Annual report of the Imperial Bacteriological Laboratory, Muktesar
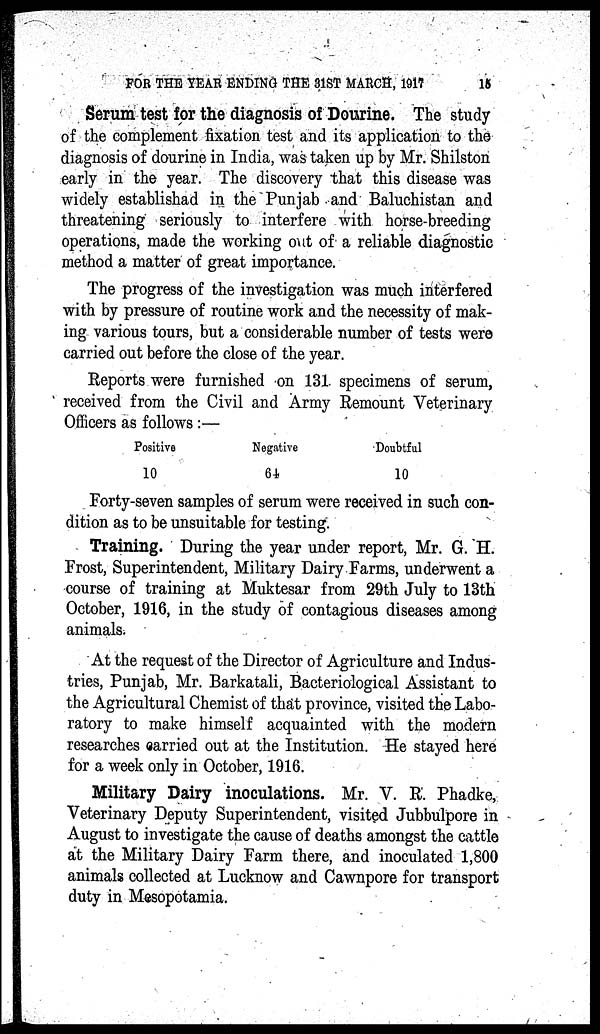
FOR THE YEAR ENDING THE 31ST MARCH, 1917 15
Serum test for the diagnosis of Dourine. The study
of the complement fixation test and its application to the
diagnosis of dourine in India, was taken up by Mr. Shilston
early in the year. The discovery that this disease was
widely establishad in the Punjab and Baluchistan and
threatening seriously to interfere with horse-breeding
operations, made the working out of a reliable diagnostic
method a matter of great importance.
The progress of the investigation was much interfered
with by pressure of routine work and the necessity of mak-
ing various tours, but a considerable number of tests were
carried out before the close of the year.
Reports were furnished on 131 specimens of serum,
received from the Civil and Army Remount Veterinary
Officers as follows:—
Positive
10
Negative
64
Doubtful
10
Forty-seven samples of serum were received in such con-
dition as to be unsuitable for testing.
Training. During the year under report, Mr. G. H.
Frost, Superintendent, Military Dairy Farms, underwent a
course of training at Muktesar from 29th July to 13th
October, 1916, in the study of contagious diseases among
animals.
At the request of the Director of Agriculture and Indus-
tries, Punjab, Mr. Barkatali, Bacteriological Assistant to
the Agricultural Chemist of that province, visited the Labo-
ratory to make himself acquainted with the modern
researches carried out at the Institution. He stayed here
for a week only in October, 1916.
Military Dairy inoculations. Mr. V. R. Phadke,
Veterinary Deputy Superintendent, visited Jubbulpore in
August to investigate the cause of deaths amongst the cattle
at the Military Dairy Farm there, and inoculated 1,800
animals collected at Lucknow and Cawnpore for transport
duty in Mesopotamia.